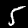
Label: 5